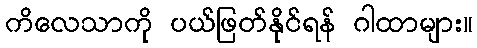
ကိလေသာကို ပယ်ဖြတ်နိုင်ရန် ဂါထာများ။